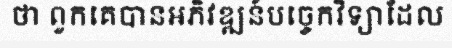
ថា ពួកគេបានអភិវឌ្ឍន៍បច្ចេកវិទ្យាដែល